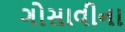
ગોસાવીના